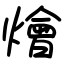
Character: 燴